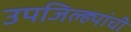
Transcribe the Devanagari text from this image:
उपजिल्ह्यांची